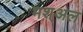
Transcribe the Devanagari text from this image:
मश्अल